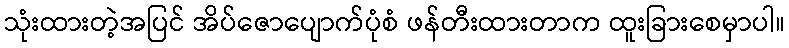
သုံးထားတဲ့အပြင် အိပ်ဇောပျောက်ပုံစံ ဖန်တီးထားတာက ထူးခြားစေမှာပါ။